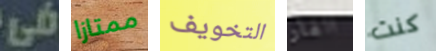
فى ممتازا التخويف الفار كنت